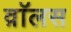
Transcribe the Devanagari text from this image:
व़ाॅलस